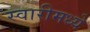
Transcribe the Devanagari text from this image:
स्वारीमध्ये